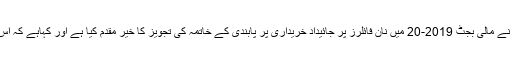
12 جون2019ء) راولپنڈی چیمبر آف کامرس نے مالی بجٹ 2019-20 میں نان فائلرز پر جائیداد خریداری پر پابندی کے خاتمہ کی تجویز کا خیر مقدم کیا ہے اور کہاہے کہ اس اقدام سے رئیل اسٹیٹ کا شعبہ ترقی کرے گا ۔